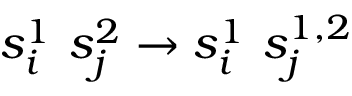
s _ { i } ^ { 1 } \ s _ { j } ^ { 2 } \to s _ { i } ^ { 1 } \ s _ { j } ^ { 1 , 2 }